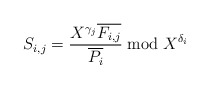
\begin{align*} S_{i,j} = \frac{X^{\gamma_j} \overline{F_{i,j}}}{ \overline {P_i}} \bmod X^{\delta_i}\end{align*}